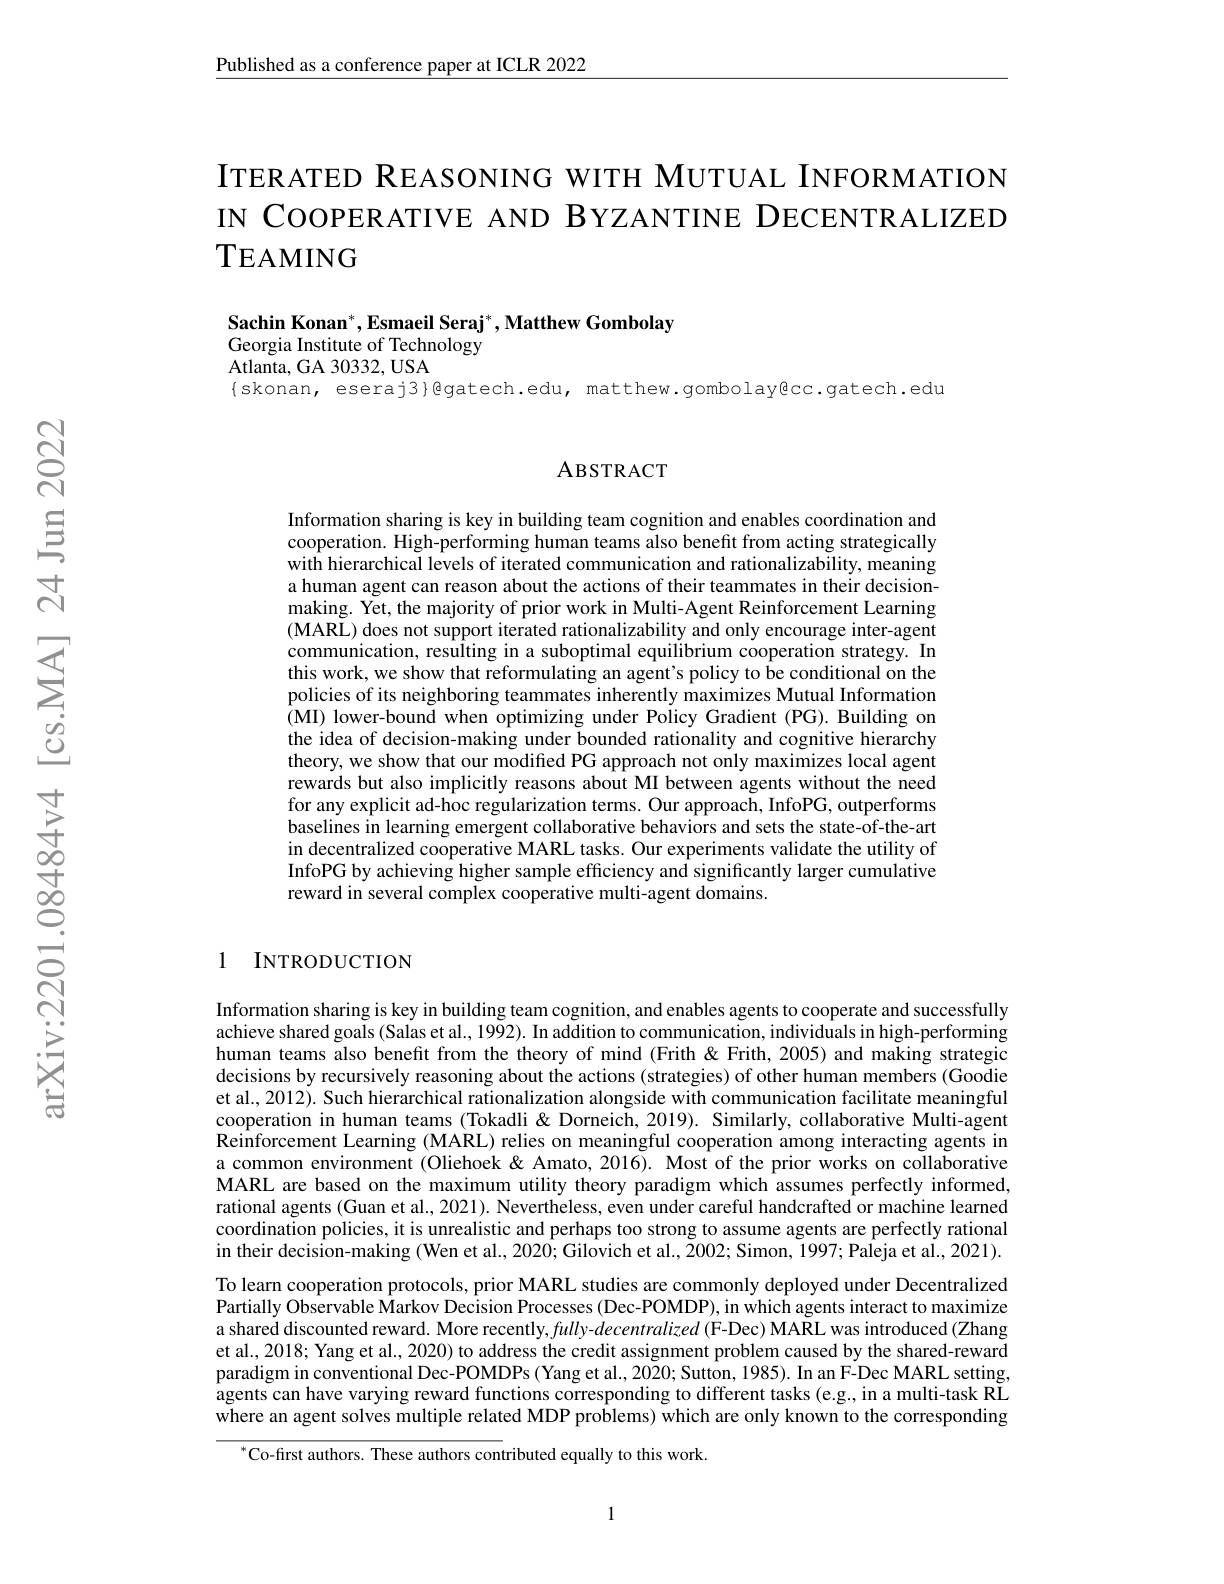
Published as a conference paper at ICLR 2022

ITERATED REASONING WITH MUTUAL INFORMATION IN COOPERATIVE AND BYZANTINE DECENTRALIZED TEAMING

Sachin Konan$^* , \textbf{Esmaeil Seraj}^* , \textbf{Matthew Gombolay}$
Georgia Institute of Technology
Atlanta, GA 30332, USA

$\{$skonan, eseraj3}Qgatech.edu, matthew.gombolay@cc.gatech.edu

### ABSTRACT

Information sharing is key in building team cognition and enables coordination and cooperation. High-performing human teams also benefit from acting strategically with hierarchical levels of iterated communication and rationalizability, meaning a human agent can reason about the actions of their teammates in their decisionmaking. Yet, the majority of prior work in Multi-Agent Reinforcement Learning (MARL) does not support iterated rationalizability and only encourage inter-agent communication, resulting in a suboptimal equilibrium cooperation strategy. In this work, we show that reformulating an agent's policy to be conditional on the policies of its neighboring teammates inherently maximizes Mutual Information (MI) lower-bound when optimizing under Policy Gradient (PG). Building on the idea of decision-making under bounded rationality and cognitive hierarchy theory, we show that our modified PG approach not only maximizes local agent rewards but also implicitly reasons about MI between agents without the need for any explicit ad-hoc regularization terms. Our approach, InfoPG, outperforms baselines in learning emergent collaborative behaviors and sets the state-of-the-art in decentralized cooperative MARL tasks. Our experiments validate the utility of InfoPG by achieving higher sample efficiency and significantly larger cumulative reward in several complex cooperative multi-agent domains.

1 INTRODUCTION

Information sharing is key in building team cognition, and enables agents to cooperate and successfully achieve shared goals (Salas et al., 1992). In addition to communication, individuals in high-performing human teams also benefit from the theory of mind (Frith& Frith, 2005) and making strategic decisions by recursively reasoning about the actions (strategies) of other human members (Goodie et al., 2012). Such hierarchical rationalization alongside with communication facilitate meaningful cooperation in human teams (Tokadli& Dorneich, 2019). Similarly, collaborative Multi-agent $\hat{\text{Reinforcement Learning (MARL) relies on meaningful cooperation among interacting agents in}}$ a common environment (Oliehoek & Amato, 2016). Most of the prior works on collaborative MARL are based on the maximum utility theory paradigm which assumes perfectly informed, rational agents (Guan et al., 2021). Nevertheless, even under careful handcrafted or machine learned coordination policies, it is unrealistic and perhaps too strong to assume agents are perfectly rational in their decision-making (Wen et al., 2020; Gilovich et al., 2002; Simon, 1997; Paleja et al., 2021). To learn cooperation protocols, prior MARL studies are commonly deployed under Decentralized Partially Observable Markov Decision Processes (Dec-POMDP), in which agents interact to maximize a shared discounted reward. More recently, fully-decentralized (F-Dec) MARL was introduced (Zhang et al., 2018; Yang et al., 2020) to address the credit assignment problem caused by the shared-reward paradigm in conventional Dec-POMDPs (Yang et al., 2020; Sutton, 1985). In an F-Dec MARL setting agents can have varying reward functions corresponding to different tasks (e.g., in a multi-task RE where an agent solves multiple related MDP problems) which are only known to the corresponding
$^{*}$Co-first authors. These authors contributed equally to this work.

1